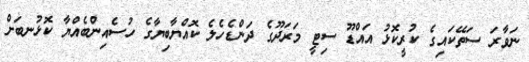
ނަވާރަ ސަތޭކައިގެ ކުރީކޮޅު އައްޑޫ ސިޓީ މަރަދޫގެ ދަންޑެހެލެ ކޮއްޔާބިޔާގެ ހުސެއިންބެއްޔާ ކޮޅުނބަށް